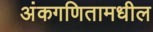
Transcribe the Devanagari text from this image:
अंकगणितामधील